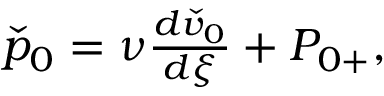
\begin{array} { r } { \check { p } _ { 0 } = \nu \frac { d \check { v } _ { 0 } } { d \xi } + P _ { 0 + } , } \end{array}